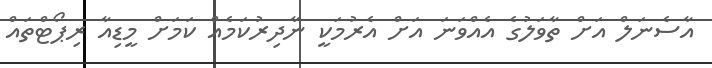
އާސެނަލް އަށް ތާވަލުގެ އެއްވަނަ އަށް އެރުމަކީ ނާދިރުކަމެއް ކަމަށް މީޑިއާ ރިޕޯޓްތައް